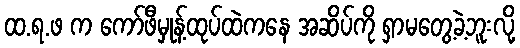
ထ.ရ.ဖ က ကော်ဖီမှုန့်ထုပ်ထဲကနေ အဆိပ်ကို ရှာမတွေ့ခဲ့ဘူးလို့